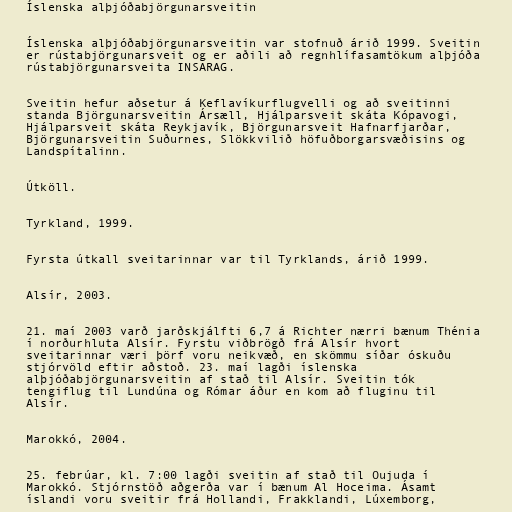
Íslenska alþjóðabjörgunarsveitin

Íslenska alþjóðabjörgunarsveitin var stofnuð árið 1999. Sveitin
er rústabjörgunarsveit og er aðili að regnhlífasamtökum alþjóða
rústabjörgunarsveita INSARAG.

Sveitin hefur aðsetur á Keflavíkurflugvelli og að sveitinni
standa Björgunarsveitin Ársæll, Hjálparsveit skáta Kópavogi,
Hjálparsveit skáta Reykjavík, Björgunarsveit Hafnarfjarðar,
Björgunarsveitin Suðurnes, Slökkvilið höfuðborgarsvæðisins og
Landspítalinn.

Útköll.

Tyrkland, 1999.

Fyrsta útkall sveitarinnar var til Tyrklands, árið 1999.

Alsír, 2003.

21. maí 2003 varð jarðskjálfti 6,7 á Richter nærri bænum Thénia
í norðurhluta Alsír. Fyrstu viðbrögð frá Alsír hvort
sveitarinnar væri þörf voru neikvæð, en skömmu síðar óskuðu
stjórvöld eftir aðstoð. 23. maí lagði íslenska
alþjóðabjörgunarsveitin af stað til Alsír. Sveitin tók
tengiflug til Lundúna og Rómar áður en kom að fluginu til
Alsír.

Marokkó, 2004.

25. febrúar, kl. 7:00 lagði sveitin af stað til Oujuda í
Marokkó. Stjórnstöð aðgerða var í bænum Al Hoceima. Ásamt
íslandi voru sveitir frá Hollandi, Frakklandi, Lúxemborg,